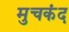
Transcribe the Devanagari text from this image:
मुचकंद